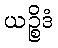
ယဉ္စိဒံ